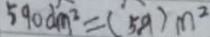
5 9 0 d m ^ { 2 } = ( 5 9 ) m ^ { 2 }